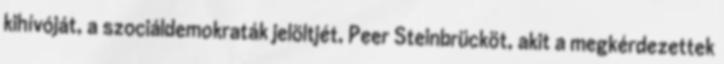
kihívóját, a szociáldemokraták jelöltjét, Peer Steinbrücköt, akit a megkérdezettek